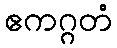
ဧကဂ္ဂတံ